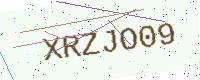
Text: XRZJO09